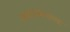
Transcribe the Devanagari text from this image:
समाजमनाच्या